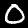
Label: 0